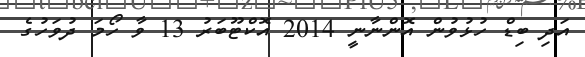
އަދި ބިޑް ހުޅުވުން އޮންނާނީ 2014 އޮކްޓޫބަރު 13 ވާ ހޯމަ ދުވަހުގެ